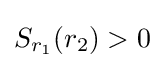
S_{r_{1}}(r_{2})>0